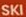
SKI